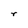
Character: r